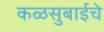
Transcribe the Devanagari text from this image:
कळसुबाईचे